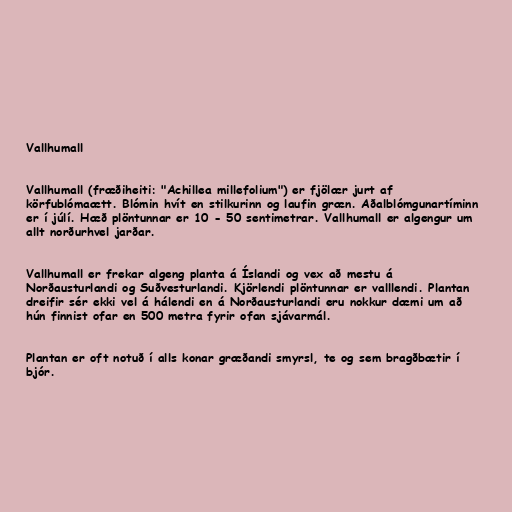
Vallhumall

Vallhumall (fræðiheiti: "Achillea millefolium") er fjölær jurt af
körfublómaætt. Blómin hvít en stilkurinn og laufin græn. Aðalblómgunartíminn
er í júlí. Hæð plöntunnar er 10 - 50 sentimetrar. Vallhumall er algengur um
allt norðurhvel jarðar.

Vallhumall er frekar algeng planta á Íslandi og vex að mestu á
Norðausturlandi og Suðvesturlandi. Kjörlendi plöntunnar er valllendi. Plantan
dreifir sér ekki vel á hálendi en á Norðausturlandi eru nokkur dæmi um að
hún finnist ofar en 500 metra fyrir ofan sjávarmál.

Plantan er oft notuð í alls konar græðandi smyrsl, te og sem bragðbætir í
bjór.